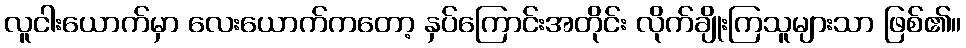
လူငါးယောက်မှာ လေးယောက်ကတော့ နှပ်ကြောင်းအတိုင်း လိုက်ချိုးကြသူများသာ ဖြစ်၏။